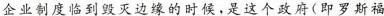
企业制度临到毁灭边缘的时候，是这个政府(即罗斯福